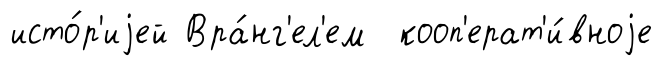
исто́р'иjей Вра́нг'ел'ем кооп'ерат'и́вноjе